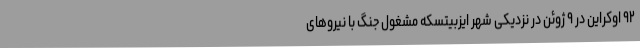
۹۲ اوکراین در ۹ ژوئن در نزدیکی شهر ایزبیتسکه مشغول جنگ با نیروهای